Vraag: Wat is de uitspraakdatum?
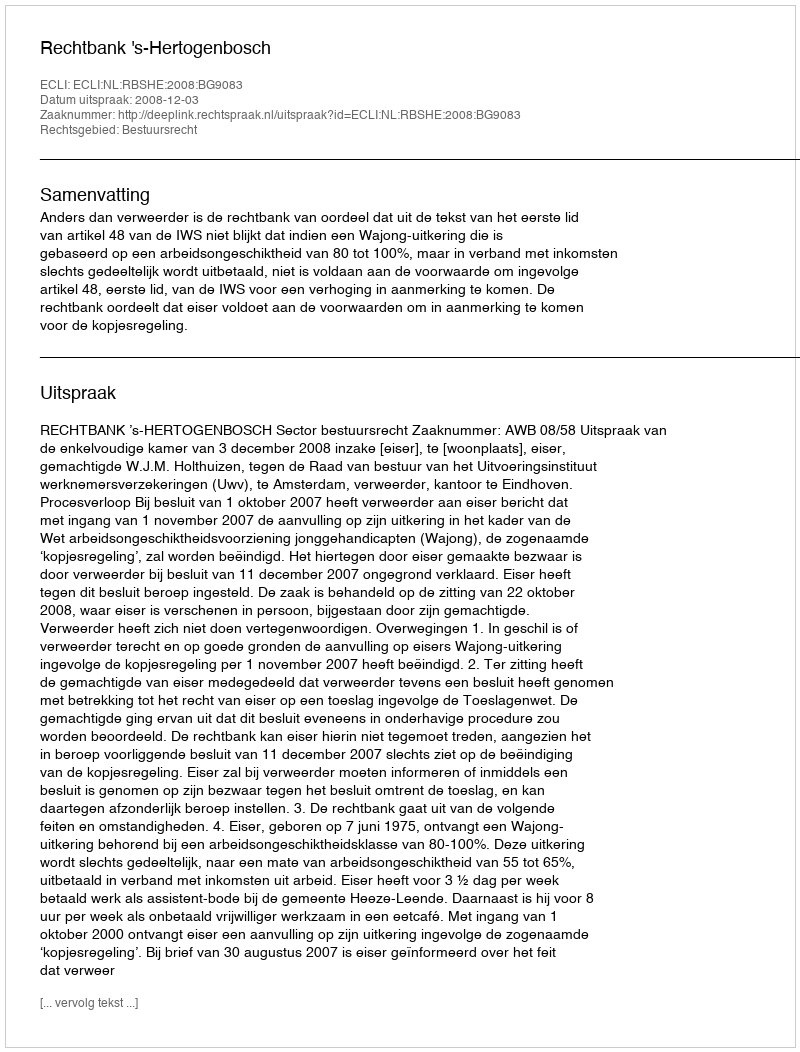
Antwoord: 2008-12-03